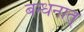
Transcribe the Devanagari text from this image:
बन्धनात्